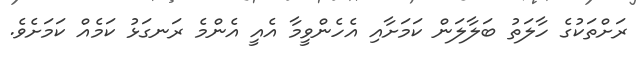
ރަށްތަކުގެ ހާލަތު ބަލާލަން ކަމަށާއި އެހެންވީމާ އެއީ އެންމެ ރަނގަޅު ކަމެއް ކަމަށެވެ.